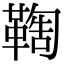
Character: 𩋺